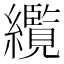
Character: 䌫